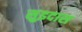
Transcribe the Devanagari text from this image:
सुइदास